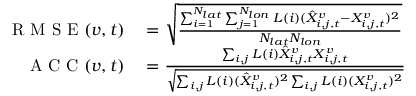
\begin{array} { r l } { \mathrm { ~ R ~ M ~ S ~ E ~ } ( v , t ) } & { { } = \sqrt { \frac { \sum _ { i = 1 } ^ { N _ { l a t } } \sum _ { j = 1 } ^ { N _ { l o n } } L ( i ) ( \hat { X } _ { i , j , t } ^ { v } - X _ { i , j , t } ^ { v } ) ^ { 2 } } { N _ { l a t } N _ { l o n } } } } \\ { \mathrm { ~ A ~ C ~ C ~ } ( v , t ) } & { { } = \frac { \sum _ { i , j } L ( i ) \hat { X } _ { i , j , t } ^ { v } X _ { i , j , t } ^ { v } } { \sqrt { \sum _ { i , j } L ( i ) ( \hat { X } _ { i , j , t } ^ { v } ) ^ { 2 } \sum _ { i , j } L ( i ) ( X _ { i , j , t } ^ { v } ) ^ { 2 } } } } \end{array}